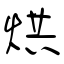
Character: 烘